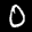
Label: 0